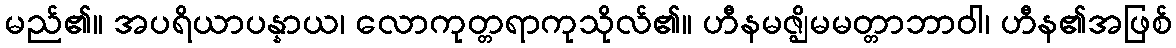
မည်၏။ အပရိယာပန္နာယ၊ လောကုတ္တရာကုသိုလ်၏။ ဟီနမဇ္ဈိမမတ္တာဘာဝါ၊ ဟီန၏အဖြစ်